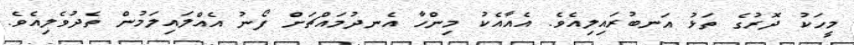
މީހަކު ދޮރުގެ ތަޅު އަނބުރައިލިއެވެ. އެއާއެކު މިންހާ އެނދުމައްޗަށް ފޯނު އެއްލައިލަމުން ތެދުވެލިއެވެ.